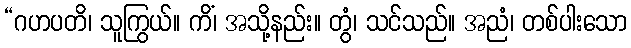
“ဂဟပတိ၊ သူကြွယ်။ ကိံ၊ အသို့နည်း။ တွံ၊ သင်သည်။ အညံ၊ တစ်ပါးသော